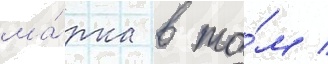
ма́рка в то́м /